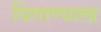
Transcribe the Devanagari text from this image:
धिंगाण्याला